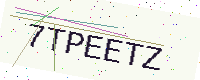
Text: 7TPEETZ